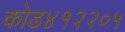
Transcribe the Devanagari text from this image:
कोड४१२२०५